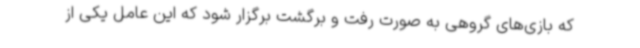
که بازی‌های گروهی به صورت رفت و برگشت برگزار شود که این عامل یکی از